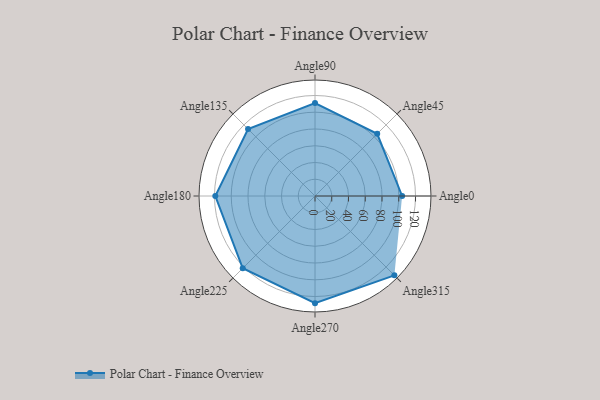
{"axis": {"x": "Angle", "y": "Radius"}, "legend": [""], "data": [{"x": "Angle0", "y": 104.0, "type": ""}, {"x": "Angle45", "y": 105.0, "type": ""}, {"x": "Angle90", "y": 111.0, "type": ""}, {"x": "Angle135", "y": 113.0, "type": ""}, {"x": "Angle180", "y": 119.0, "type": ""}, {"x": "Angle225", "y": 122.0, "type": ""}, {"x": "Angle270", "y": 128.0, "type": ""}, {"x": "Angle315", "y": 134.0, "type": ""}]}